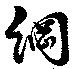
網